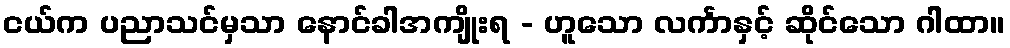
ငယ်က ပညာသင်မှသာ နောင်ခါအကျိုးရ - ဟူသော လင်္ကာနှင့် ဆိုင်သော ဂါထာ။